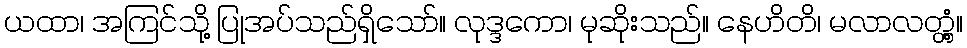
ယထာ၊ အကြင်သို့ ပြုအပ်သည်ရှိသော်။ လုဒ္ဒကော၊ မုဆိုးသည်။ နေဟိတိ၊ မလာလတ္တံ့။